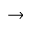
\rightarrow